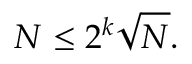
N \leq 2 ^ { k } { \sqrt { N } } .